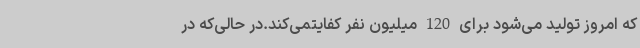
که امروز تولید می‌شود برای 120 میلیون نفر کفایتمی‌کند.در حالی‌که در